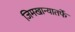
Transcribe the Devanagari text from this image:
जिमखान्यातर्फे